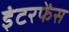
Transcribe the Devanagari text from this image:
इंटरफेंस